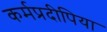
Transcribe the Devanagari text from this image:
कर्मप्रदीपिया